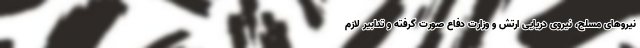
نیروهای مسلح، نیروی دریایی ارتش و وزارت دفاع صورت گرفته و تدابیر لازم